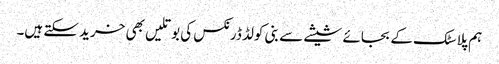
ہم پلاسٹک کے بجائے شیشے سے بنی کولڈ ڈرنکس کی بوتلیں بھی خرید سکتے ہیں۔